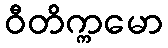
ဝီတိက္ကမော